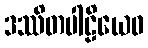
ဒဿိတပါဠိယေဝ